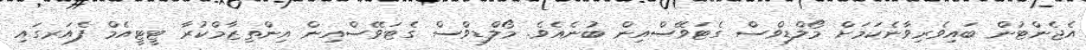
އެޖެންޓުން ބައިވެރިވާނެކަމަށް މޯލްޑިވްސް ގެޓަވޭސްއިން ބުނެއެވެ. މޯލްޑިވްސް ގެޓަވޭސްއިން އިންތިޒާމްކުރާ ޓީޓީއެމް ފެއަރގައި